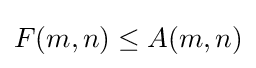
F(m,n)\leq A(m,n)